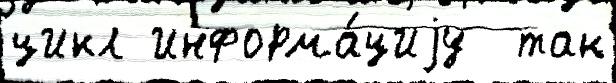
цикл информа́циjу  так